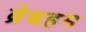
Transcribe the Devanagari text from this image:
ब्रेबहम